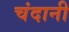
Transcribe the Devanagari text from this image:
चंदानी